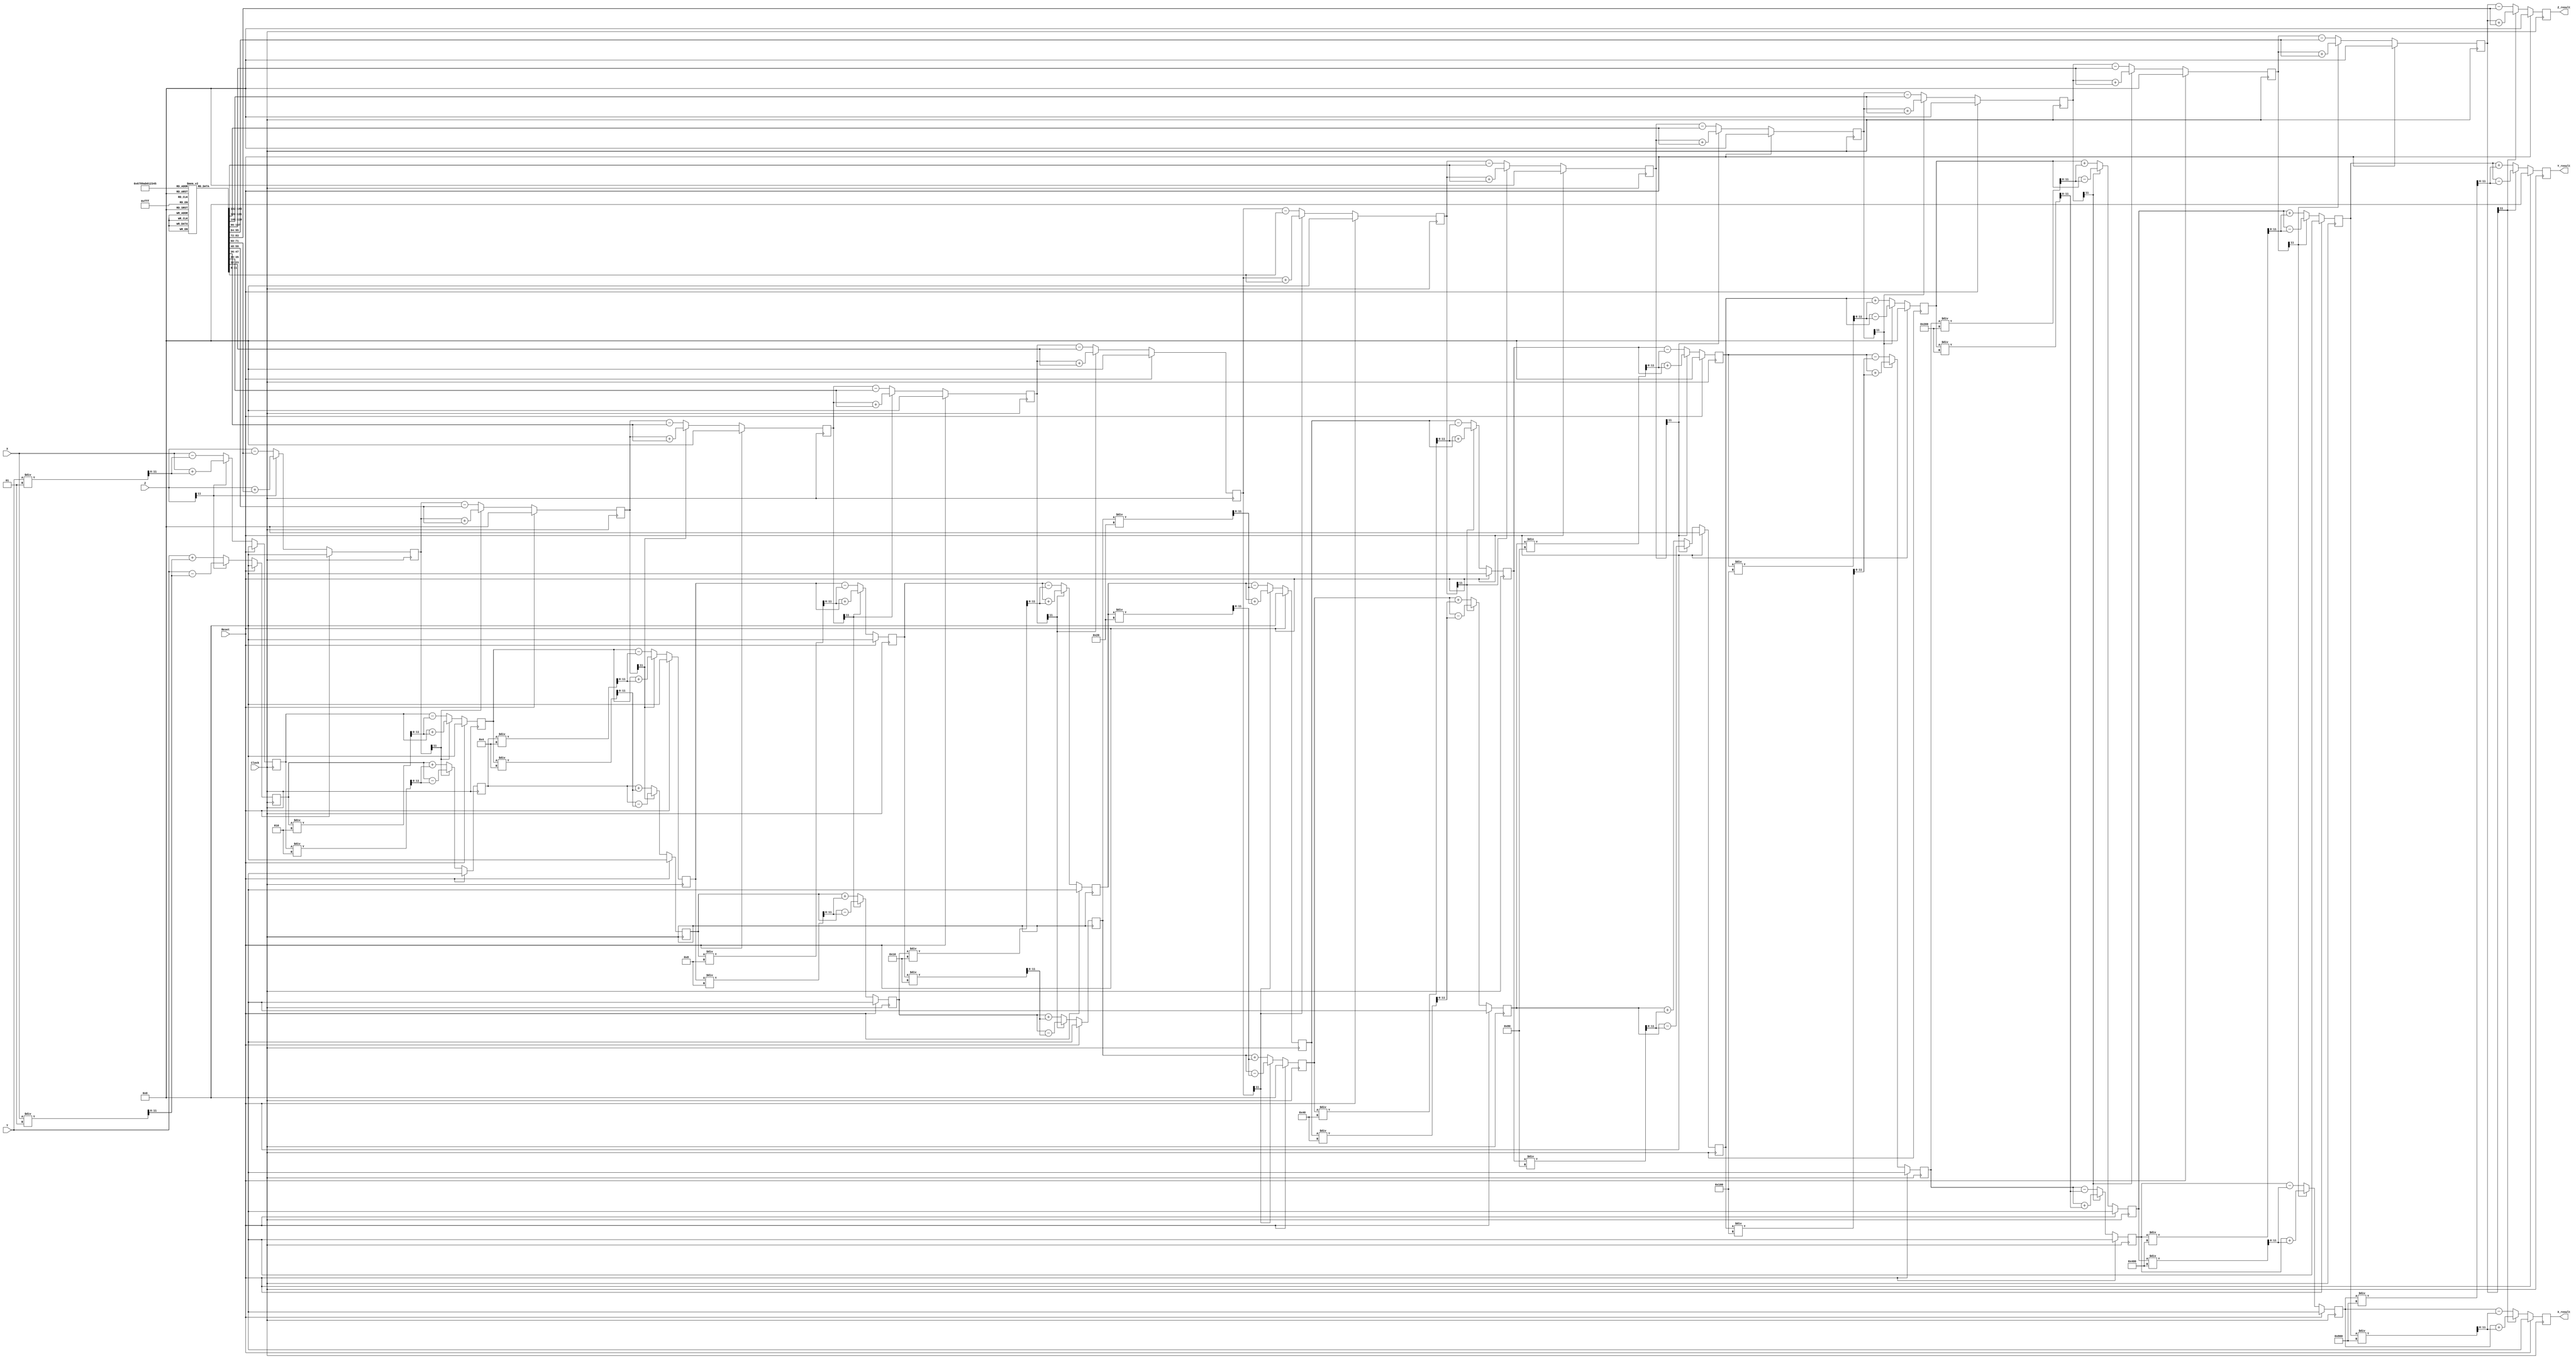
`timescale 1ns / 1ps

module cordic_pipelined(
input Clock,Reset,
input signed [11:0] X,Y,Z,
output signed [11:0] X_result,Y_result,Z_result
    );
    
    
reg [11:0] ATAN_TABLE [0:11];   
reg signed [11:0] x_pl [1:12];   
reg signed [11:0] y_pl [1:12];  
reg signed [11:0] z_pl [1:12];  
reg signed [11:0] x_array [0:12];   
reg signed [11:0] y_array [0:12];  
reg signed [11:0] z_array [0:12];    
reg negative;
    
  initial begin
        ATAN_TABLE[0] = 12'h200;  // 512
        ATAN_TABLE[1] = 12'h12e;  // 302
        ATAN_TABLE[2] = 12'h0a0;  // 160
        ATAN_TABLE[3] = 12'h051;  // 81
        ATAN_TABLE[4] = 12'h029;  // 41
        ATAN_TABLE[5] = 12'h014;  // 20
        ATAN_TABLE[6] = 12'h00a;  // 10
        ATAN_TABLE[7] = 12'h005;  // 5
        ATAN_TABLE[8] = 12'h003;  // 3
        ATAN_TABLE[9] = 12'h001;  // 1
        ATAN_TABLE[10] = 12'h001; // 1
        ATAN_TABLE[11] = 12'h000; // 0
    end    
    
integer i;

always @*
begin
x_array[0] = X;   // Initialization value for X is sent from module sincos_pipelined
y_array[0] = Y;   // Initialization value for Y is sent from module sincos_pipelined
z_array[0] = Z;   // Initialization value for Z is sent from module sincos_pipelined
  for (i = 1; i <= 12; i = i + 1) begin
    x_array[i] = x_pl[i];    // x_pl is computed in a sequential always block
    y_array[i] = y_pl[i];    // y_pl is computed in a sequential always block
    z_array[i] = z_pl[i];    // z_pl is computed in a sequential always block
    end
end


// Here Clock is the natural 10MHz clock of FPGA
 always @(posedge Clock) begin
    if (Reset) begin
        // Here we reset all the registers
    for (i = 1; i <= 12; i = i + 1) begin
      x_pl[i] = 12'h000;   
      y_pl[i] = 12'h000;
      z_pl[i] = 12'h000;
     end
    end

    // If not reset , we do the following 12 iterations to compute sin and cos of given angle
    else begin
        for (i = 1; i <= 12; i = i + 1) begin
            negative = (z_array[i-1][11] == 1'b1);

            if (negative) begin
                x_pl[i] <= x_array[i-1] + (y_array[i-1] / (1 << (i-1)));
                y_pl[i] <= y_array[i-1] - (x_array[i-1] / (1 << (i-1)));
                z_pl[i] <= z_array[i-1] + ATAN_TABLE[i-1];
            end
            else begin
                x_pl[i] <= x_array[i-1] - (y_array[i-1] / (1 << (i-1)));
                y_pl[i] <= y_array[i-1] + (x_array[i-1] / (1 << (i-1)));
                z_pl[i] <= z_array[i-1] - ATAN_TABLE[i-1];
            end
        end
    end
end
 
    
assign X_result = x_array[12];
assign Y_result = y_array[12];
assign Z_result = z_array[12];
   
endmodule